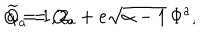
LaTeX: { \widetilde Q _ { a } } = Q _ { a } + e \sqrt { \alpha - 1 } \, \Phi ^ { a } , \hspace { 1 i n } a = 1 , 2 ,